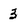
Character: 3